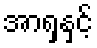
အာရှနှင့်